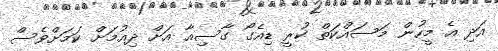
އަދި އެ މީހުން މަސައްކަތް ކުރީ ޑިއެގޯ ގާސިއާ އަށް ދިއުމަށް ކަމަށްވެސް